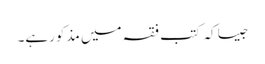
جیسا کہ کتب فقہ میں مذکورہے۔